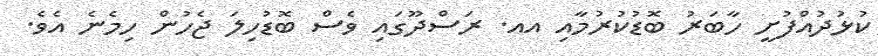
ކުޅުދުއްފުށީ ހާބަރު ބޮޑުކުރުމާއި އއ. ރަސްދޫގައި ވެސް ބޮޑުހިލަ ޖެހުން ހިމެނެ އެވެ.